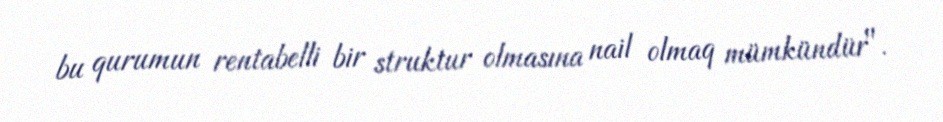
bu qurumun rentabelli bir struktur olmasına nail olmaq mümkündür".